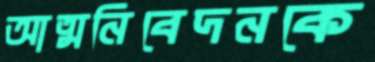
আত্মনিবেদনকে